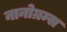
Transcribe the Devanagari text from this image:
नानोग्रम्स